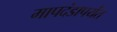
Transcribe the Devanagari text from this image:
मापदंडापर्यंत